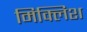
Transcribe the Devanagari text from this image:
मिक्लिश